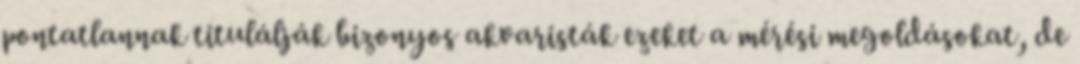
pontatlannak titulálják bizonyos akvaristák ezeket a mérési megoldásokat, de